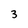
Character: 3